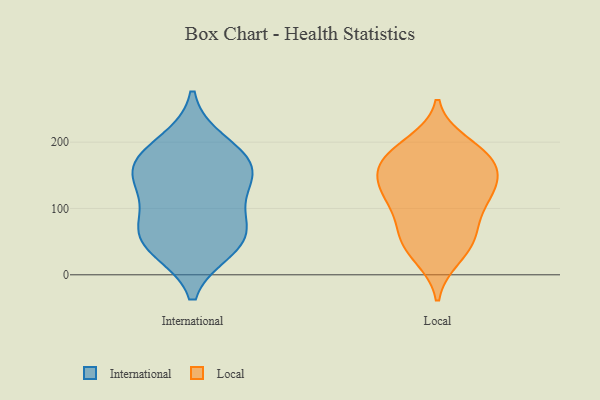
{"axis": {"x": "Churn Rate (%)", "y": "Value"}, "legend": ["International", "Local"], "data": [{"x": "", "y": 106, "type": "International"}, {"x": "", "y": 75, "type": "International"}, {"x": "", "y": 52, "type": "International"}, {"x": "", "y": 40, "type": "International"}, {"x": "", "y": 148, "type": "International"}, {"x": "", "y": 199, "type": "International"}, {"x": "", "y": 170, "type": "International"}, {"x": "", "y": 54, "type": "International"}, {"x": "", "y": 149, "type": "International"}, {"x": "", "y": 167, "type": "International"}, {"x": "", "y": 65, "type": "Local"}, {"x": "", "y": 114, "type": "Local"}, {"x": "", "y": 154, "type": "Local"}, {"x": "", "y": 154, "type": "Local"}, {"x": "", "y": 170, "type": "Local"}, {"x": "", "y": 27, "type": "Local"}, {"x": "", "y": 36, "type": "Local"}, {"x": "", "y": 104, "type": "Local"}, {"x": "", "y": 179, "type": "Local"}, {"x": "", "y": 66, "type": "Local"}, {"x": "", "y": 171, "type": "Local"}, {"x": "", "y": 131, "type": "Local"}, {"x": "", "y": 187, "type": "Local"}, {"x": "", "y": 122, "type": "Local"}, {"x": "", "y": 125, "type": "Local"}, {"x": "", "y": 198, "type": "Local"}, {"x": "", "y": 56, "type": "Local"}]}